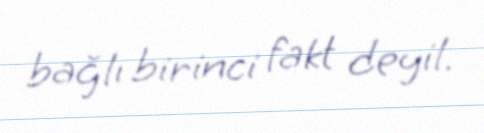
bağlı birinci fakt deyil.